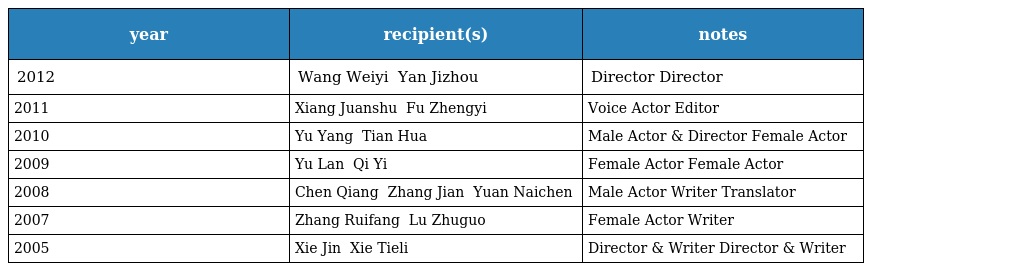
| year | recipient(s) | notes |
 | --- | --- | --- |
 | 2012 | Wang Weiyi 王为一 Yan Jizhou 严寄洲 | Director Director |
 | 2011 | Xiang Juanshu 向隽殊 Fu Zhengyi 傅正义 | Voice Actor Editor |
 | 2010 | Yu Yang 于洋 Tian Hua 田华 | Male Actor & Director Female Actor |
 | 2009 | Yu Lan 于蓝 Qi Yi 秦怡 | Female Actor Female Actor |
 | 2008 | Chen Qiang 陈强 Zhang Jian 张鉴 Yuan Naichen 袁乃晨 | Male Actor Writer Translator |
 | 2007 | Zhang Ruifang 张瑞芳 Lu Zhuguo 陆柱国 | Female Actor Writer |
 | 2005 | Xie Jin 谢晋 Xie Tieli 谢铁骊 | Director & Writer Director & Writer |